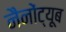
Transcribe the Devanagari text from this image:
नैनोंट्यूब